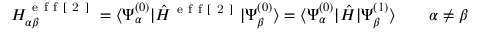
H _ { \alpha \beta } ^ { \mathrm { ~ e ~ f ~ f ~ [ ~ 2 ~ ] ~ } } = \langle \Psi _ { \alpha } ^ { ( 0 ) } | \hat { H } ^ { \mathrm { ~ e ~ f ~ f ~ [ ~ 2 ~ ] ~ } } | \Psi _ { \beta } ^ { ( 0 ) } \rangle = \langle \Psi _ { \alpha } ^ { ( 0 ) } | \hat { H } | \Psi _ { \beta } ^ { ( 1 ) } \rangle \qquad \alpha \neq \beta